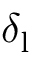
\delta _ { \mathrm { l } }